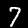
Label: 7